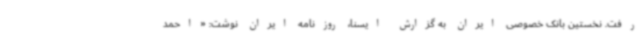
رفت. نخستین بانک خصوصی ایران به گزارش ایسنا، روزنامه ایران نوشت: «احمد